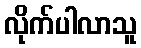
လိုက်ပါလာသူ